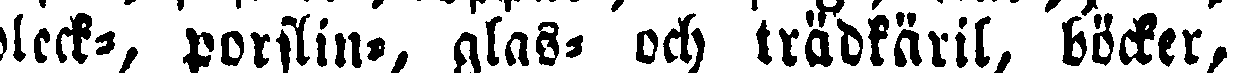
bleck-, porslin-, glas- och trädkäril, böcker,